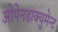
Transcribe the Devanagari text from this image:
ओपेनडाक्युमेन्ट